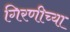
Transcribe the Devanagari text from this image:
गिरणीच्या